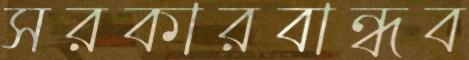
সরকারবান্ধব